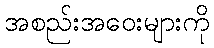
အစည်းအဝေးများကို